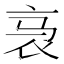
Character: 𬡇